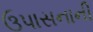
ઉપાસનાની